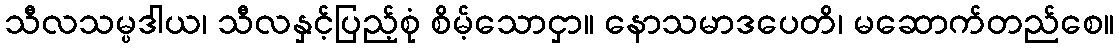
သီလသမ္ပဒါယ၊ သီလနှင့်ပြည့်စုံ စိမ့်သောငှာ။ နောသမာဒပေတိ၊ မဆောက်တည်စေ။